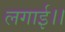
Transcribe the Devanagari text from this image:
लगाई।।